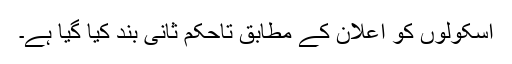
اسکولوں کو اعلان کے مطابق تاحکم ثانی بند کیا گیا ہے۔